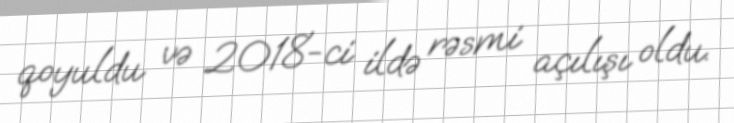
qoyuldu və 2018-ci ildə rəsmi açılışı oldu.